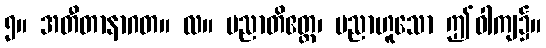
၅။ အတီတာနာဂတ။ လ။ ပညာတိဧတ္ထ၊ ပညာဟူသော ဤဝါကျ၌။